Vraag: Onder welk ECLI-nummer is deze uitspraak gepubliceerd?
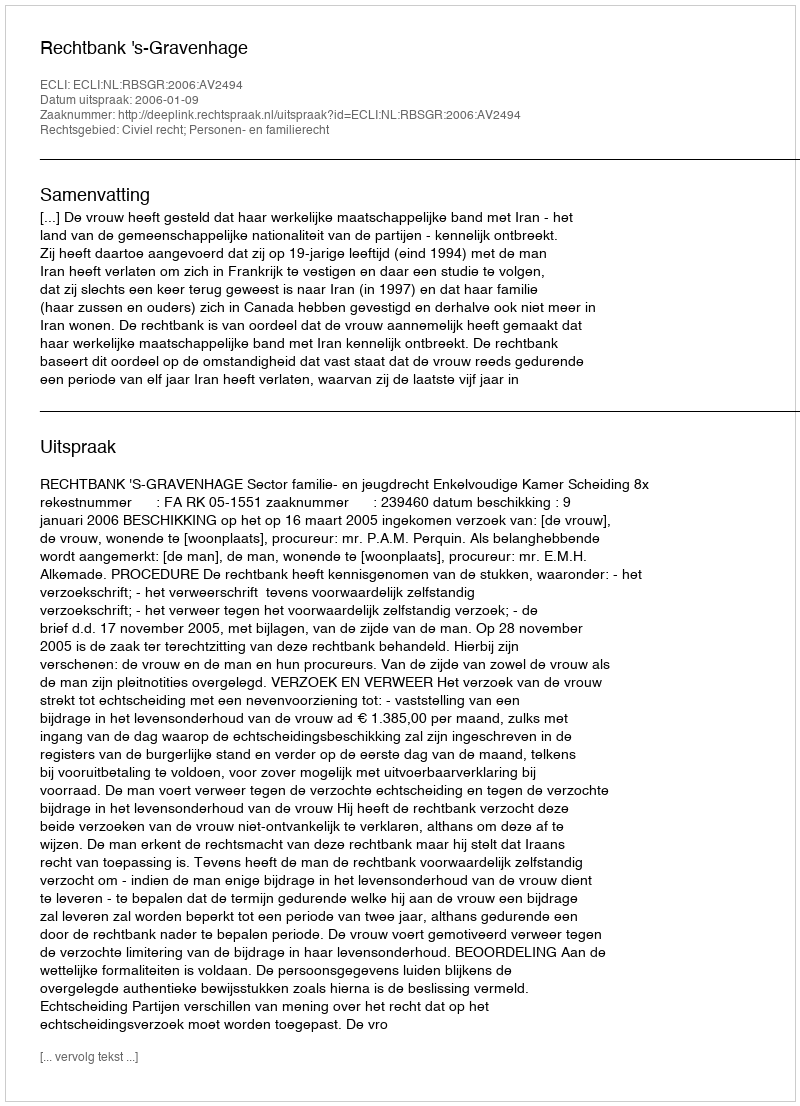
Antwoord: ECLI:NL:RBSGR:2006:AV2494